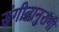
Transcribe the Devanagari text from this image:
संगीतानुरागी